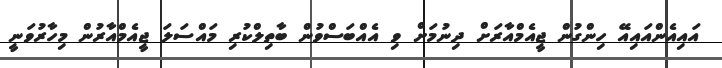
އައިއެންއައިއޭ ހިންގުން ޖީއެމްއާރަށް ދިނުމަށް ވި އެއްބަސްވުން ބާތިލްކުރި މައްސަލަ ޖީއެމްއާރުން މިހާރުވަނީ